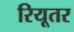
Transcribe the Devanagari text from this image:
रियूतर